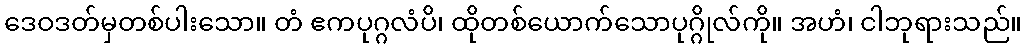
ဒေဝဒတ်မှတစ်ပါးသော။ တံ ဧကပုဂ္ဂလံပိ၊ ထိုတစ်ယောက်သောပုဂ္ဂိုလ်ကို။ အဟံ၊ ငါဘုရားသည်။